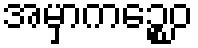
အမှာကဉ္စေဝ